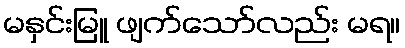
မနှင်းမြူ ဖျက်သော်လည်း မရ။